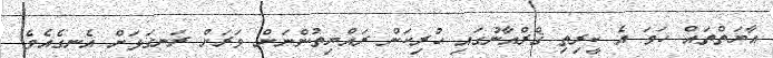
އާޔަތްތައް ހަމަ އެ ކީރިތި ޤްރްއާނުގައި ހުރިކަން ރައްޔިތުންނަށް ވަރަށް ރަނގަޅަށް އެނގެއެވެ.